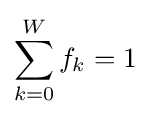
\sum _{k=0}^{W}f_{k}=1